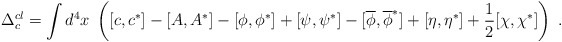
\begin{align*}\Delta _c^{cl}=\int d^4x\;\left( [c,c^{*}]-[A,A^{*}]-[\phi ,\phi ^{*}]+[\psi,\psi ^{*}]-[\overline{\phi },\overline{\phi }^{*}]+[\eta ,\eta ^{*}]+\frac12[\chi ,\chi ^{*}]\right) \;. \end{align*}